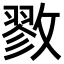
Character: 𪯖